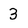
Character: 3